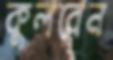
কুলবেন